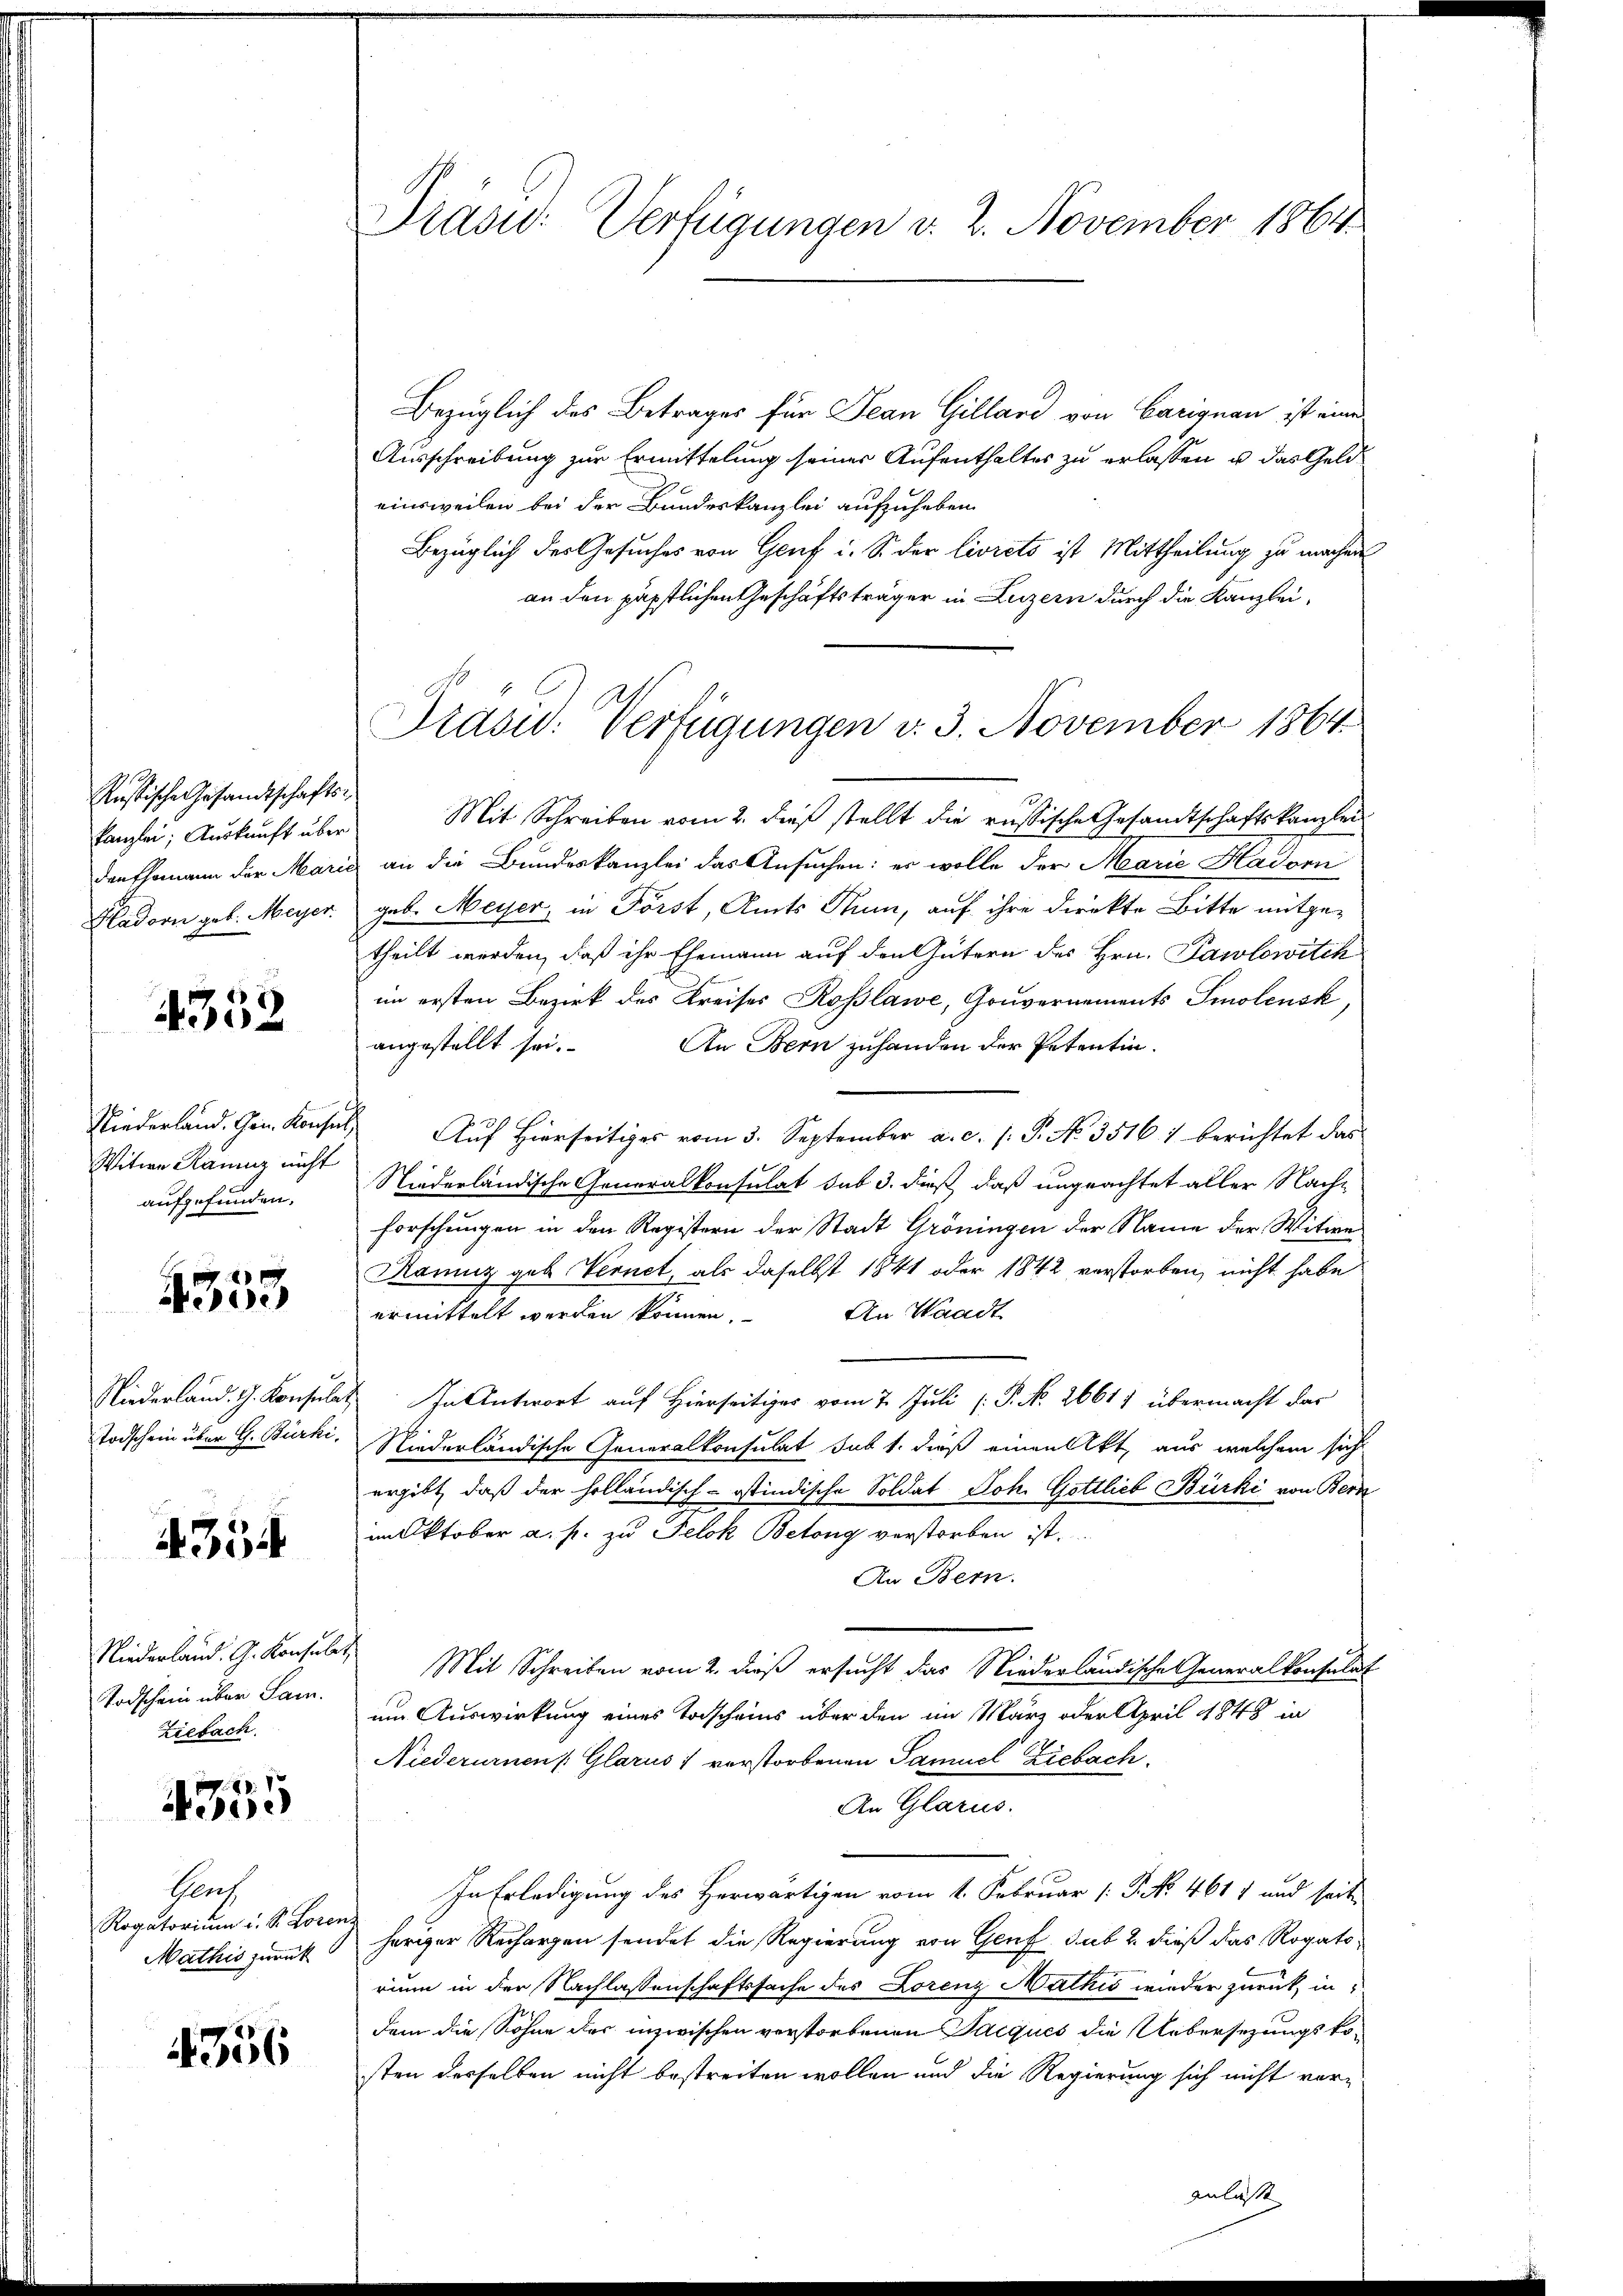
Russische Gesandtschafts-
kanzlei; Auskunft über
Hadorn geb. Meyer.

4352

Niederland. Gen. Konfi
Witwe Kann nicht
aufgefunden.

4353

Todschein über G. Bürki

4354

Niederland. G. Konsulat
Todschein über Sam.
Ziebach.

4355

Prach
Rogatorium u. S. Loren
Mathis zurück

356

Präsid. Verfügungen v. 2. November 1864

Bezüglich des Betrages für Jean Gillard von Carignau ist eine
Ausschreibung zur Ermittelung seiner Aufenthaltes zu erlassen u. das Geldeinsweilen bei der Bundeskanzlei aufzuheben
Bezüglich der Gesuches von Genf i. S. der livrets ist Mittheilung zu machen
an den päpstlichen Geschäftsträger in Luzern durch die Kanzlei¬
Mit Schreiben vom 2. dieß stellt die russische Gesandtschaftskanzlei
den Ehemann der Marie an die Bundeskanzlei das Ansuchen: er wolle der Marie Hadorn
geb. Meyer, in Först, Amts Rum, auf ihre direkte Bitte mitgetheilt werden, daß ihr Ehemann auf den Gütern des Hrn. Pawlowitch
im ersten Bezirk des Kreises Roslawe, Gouvernements Smolensk
angestellt sei.
An Bern zuhanden der Petentin.
 Auf Hierseitiges vom 3. September a. c. s. S. No. 35161 berichtet das
Niederländische Generalkonsulat sub 3. dieß, daß ungeachtet aller Nach¬
Forschungen in den Registern der Stadt Gröningen der Name der Witwe
Ranz geb. Vernet, als daselbst 1841 oder 1842 verstorben, nicht habe
An Waadt
ermittelt werden können,
Niederland. G. Konsulat In Antwort auf Hierseitiger vom 7. Juli [P. No. 2661) übermacht das
Niederländische Generalkonsulat sub 1. dieß einen Akt, aus welchem sich
ergibt, daß der holländisch-ostindische Soldat Joh. Gottlieb Bürki von Bern
im Oktober a. p. zu Felok Betong verstorben ist.
An Bern.
Mit Schreiben vom 2. dieß ersucht das Niederländische Generalkonsulat
um Auswirkung eines Torscheins über den im März oder April 1848 in
Niederurnen (Glarus & verstorbenen Samuel Ziebach.
An Glarus.
In Erledigung des Herwärtigen vom 1. Februar (: P. No. 4611 und seite
heriger Rechargen sendet die Regierung von Genf, sub 2. dieß das Rogatorium in der Nachlassenschaftssache des Lorenz Mathis wieder zurück, in
dem die Söhne der inzwischen verstorbenen Jacques die Uebersezungskosten derselben nicht bestreiten wollen und die Regierung sich nicht vor-

Präsid. Verfügungen v. 3. November 1864

anlasse